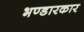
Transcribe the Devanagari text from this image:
भण्डारकार